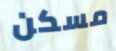
مسكن